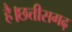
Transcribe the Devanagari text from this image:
है।छत्तीसगढ़